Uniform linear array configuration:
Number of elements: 32
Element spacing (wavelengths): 0.25
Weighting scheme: kaiser
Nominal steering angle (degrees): -30
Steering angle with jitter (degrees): -31.199
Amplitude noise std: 0.05
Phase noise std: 0.05

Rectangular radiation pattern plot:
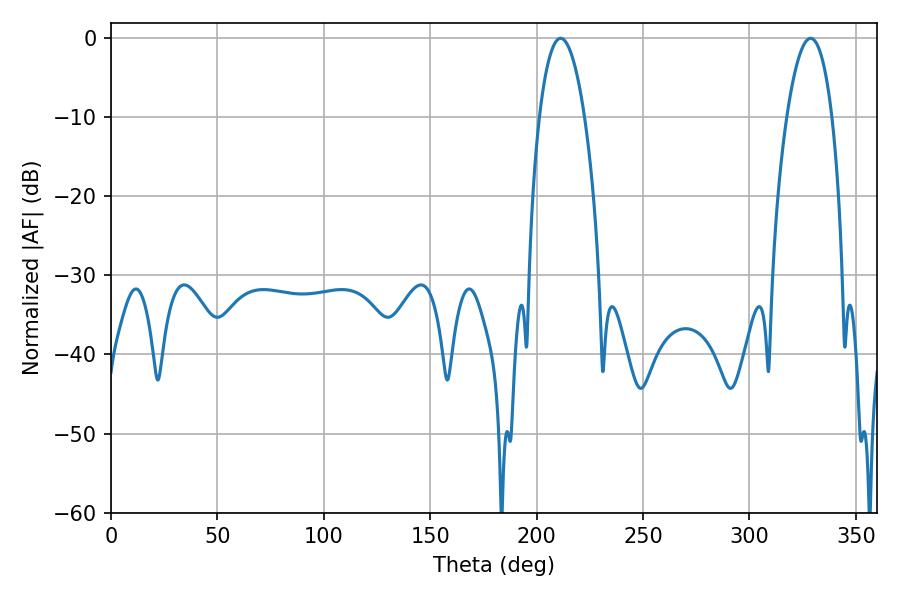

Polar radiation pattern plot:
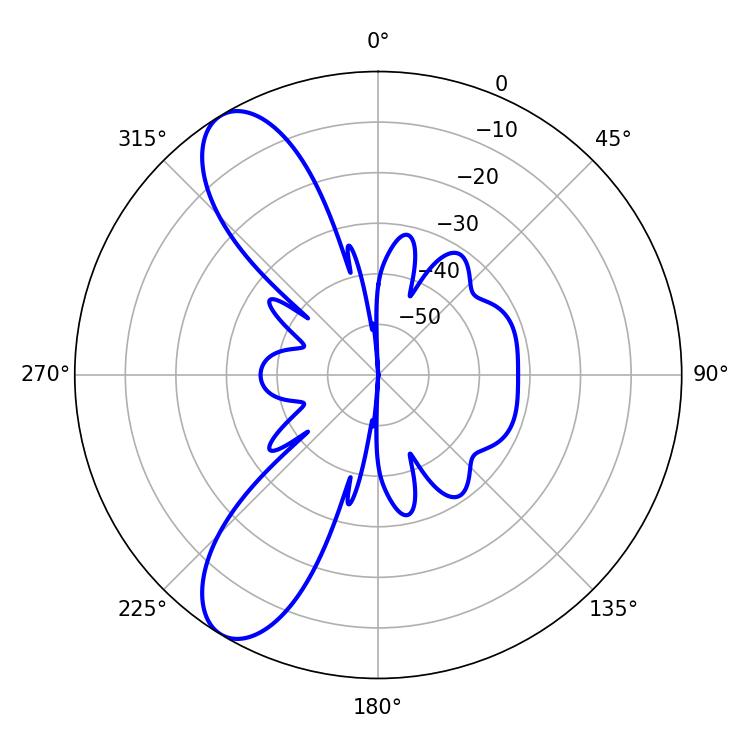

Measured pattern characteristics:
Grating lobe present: FALSE
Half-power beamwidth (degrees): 11.88
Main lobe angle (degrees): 211.32